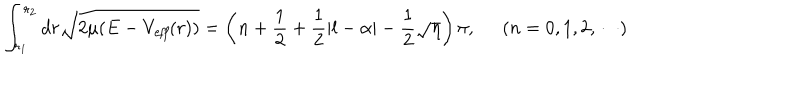
LaTeX: \int _ { r _ { 1 } } ^ { r _ { 2 } } d r \sqrt { 2 \mu ( E - V _ { \it e f f } ( r ) ) } = \left( n + \frac { 1 } { 2 } + \frac { 1 } { 2 } | l - \alpha | - \frac { 1 } { 2 } \sqrt { \eta } \right) \pi , \; \; ( n = 0 , 1 , 2 , \cdots )